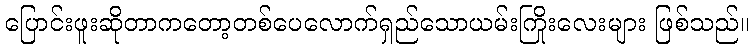
ပြောင်းဖူးဆိုတာကတော့တစ်ပေလောက်ရှည်သောယမ်းကြိုးလေးများ ဖြစ်သည်။